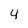
Character: 4